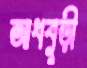
আধবুড়ী